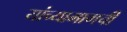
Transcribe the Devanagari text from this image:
यांच्यामागची